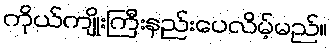
ကိုယ်ကျိုးကြီးနည်းပေလိမ့်မည်။